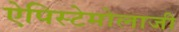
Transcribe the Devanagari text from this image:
ऐपिस्टेमोलाजी